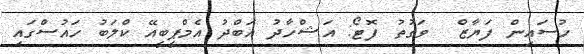
ހުސައިން ފަޔާޒް  ވަގުތު ފޮޓޯ: އަޝްހާދު އަބްދު އެމްޕީބީއޭ ކްލަބު ހައުސްގައި